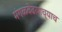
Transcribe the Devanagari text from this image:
मंगळवेढय़ाच्याच